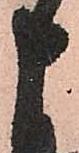
申